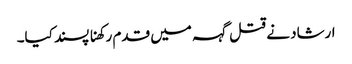
ارشاد نے قتل گہہ میں قدم رکھنا پسند کیا۔